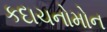
કદાચનોમોન